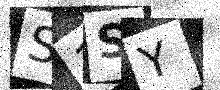
Text: S1SY